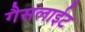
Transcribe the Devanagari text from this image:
गैसलाईट